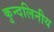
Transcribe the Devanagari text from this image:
कुन्दलिनीय